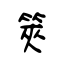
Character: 筴